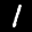
Label: 1